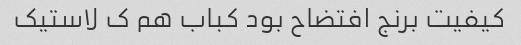
کیفیت برنج افتضاح بود کباب هم ک لاستیک